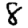
Digit: 8